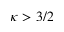
\kappa > 3 / 2